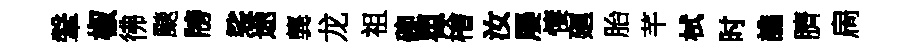
鞶椒彿颷牓裟途龔龙祖碗瞿檜汝屡悽廻胎芊栻时譙臍扄